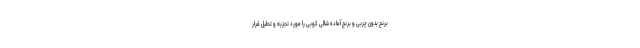
برنج بدون چربی و برنج آماده شالی کوبی را مورد تجزیه و تحلیل قرار